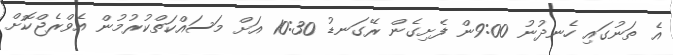
އެ ތަނުގައި ހެނދުނު 9:00ން ފެށިގެން ރޭގަނޑު 10:30 އަށް މަސައްކަތްކުރުމުން އެވްރެޖްކޮށް